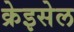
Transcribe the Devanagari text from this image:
क्रेइसेल